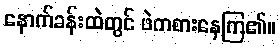
နောက်ခန်းထဲတွင် ဖဲကစားနေကြ၏။